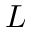
L